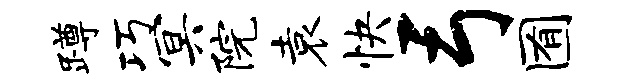
蹲巧冥院袁快弓囿